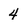
Character: 4